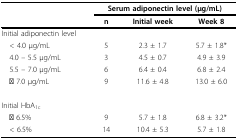
|  | <COLSPAN=3> Serum adiponectin level (μg/mL) |
 |  | n | Initial week | Week 8 |
 | --- | --- | --- | --- |
 | Initial adiponectin level |  |  |  |
 | < 4.0 μg/mL | 5 | 2.3 ± 1.7 | 5.7 ± 1.8* |
 | 4.0 -- 5.5 μg/mL | 3 | 4.5 ± 0.7 | 4.9 ± 3.9 |
 | 5.5 -- 7.0 μg/mL | 6 | 6.4 ± 0.4 | 6.8 ± 2.4 |
 | ≧ 7.0 μg/mL | 9 | 11.6 ± 4.8 | 13.0 ± 6.0 |
 | Initial HbA1c |  |  |  |
 | ≧ 6.5% | 9 | 5.7 ± 1.8 | 6.8 ± 3.2* |
 | < 6.5% | 14 | 10.4 ± 5.3 | 5.7 ± 1.8 |